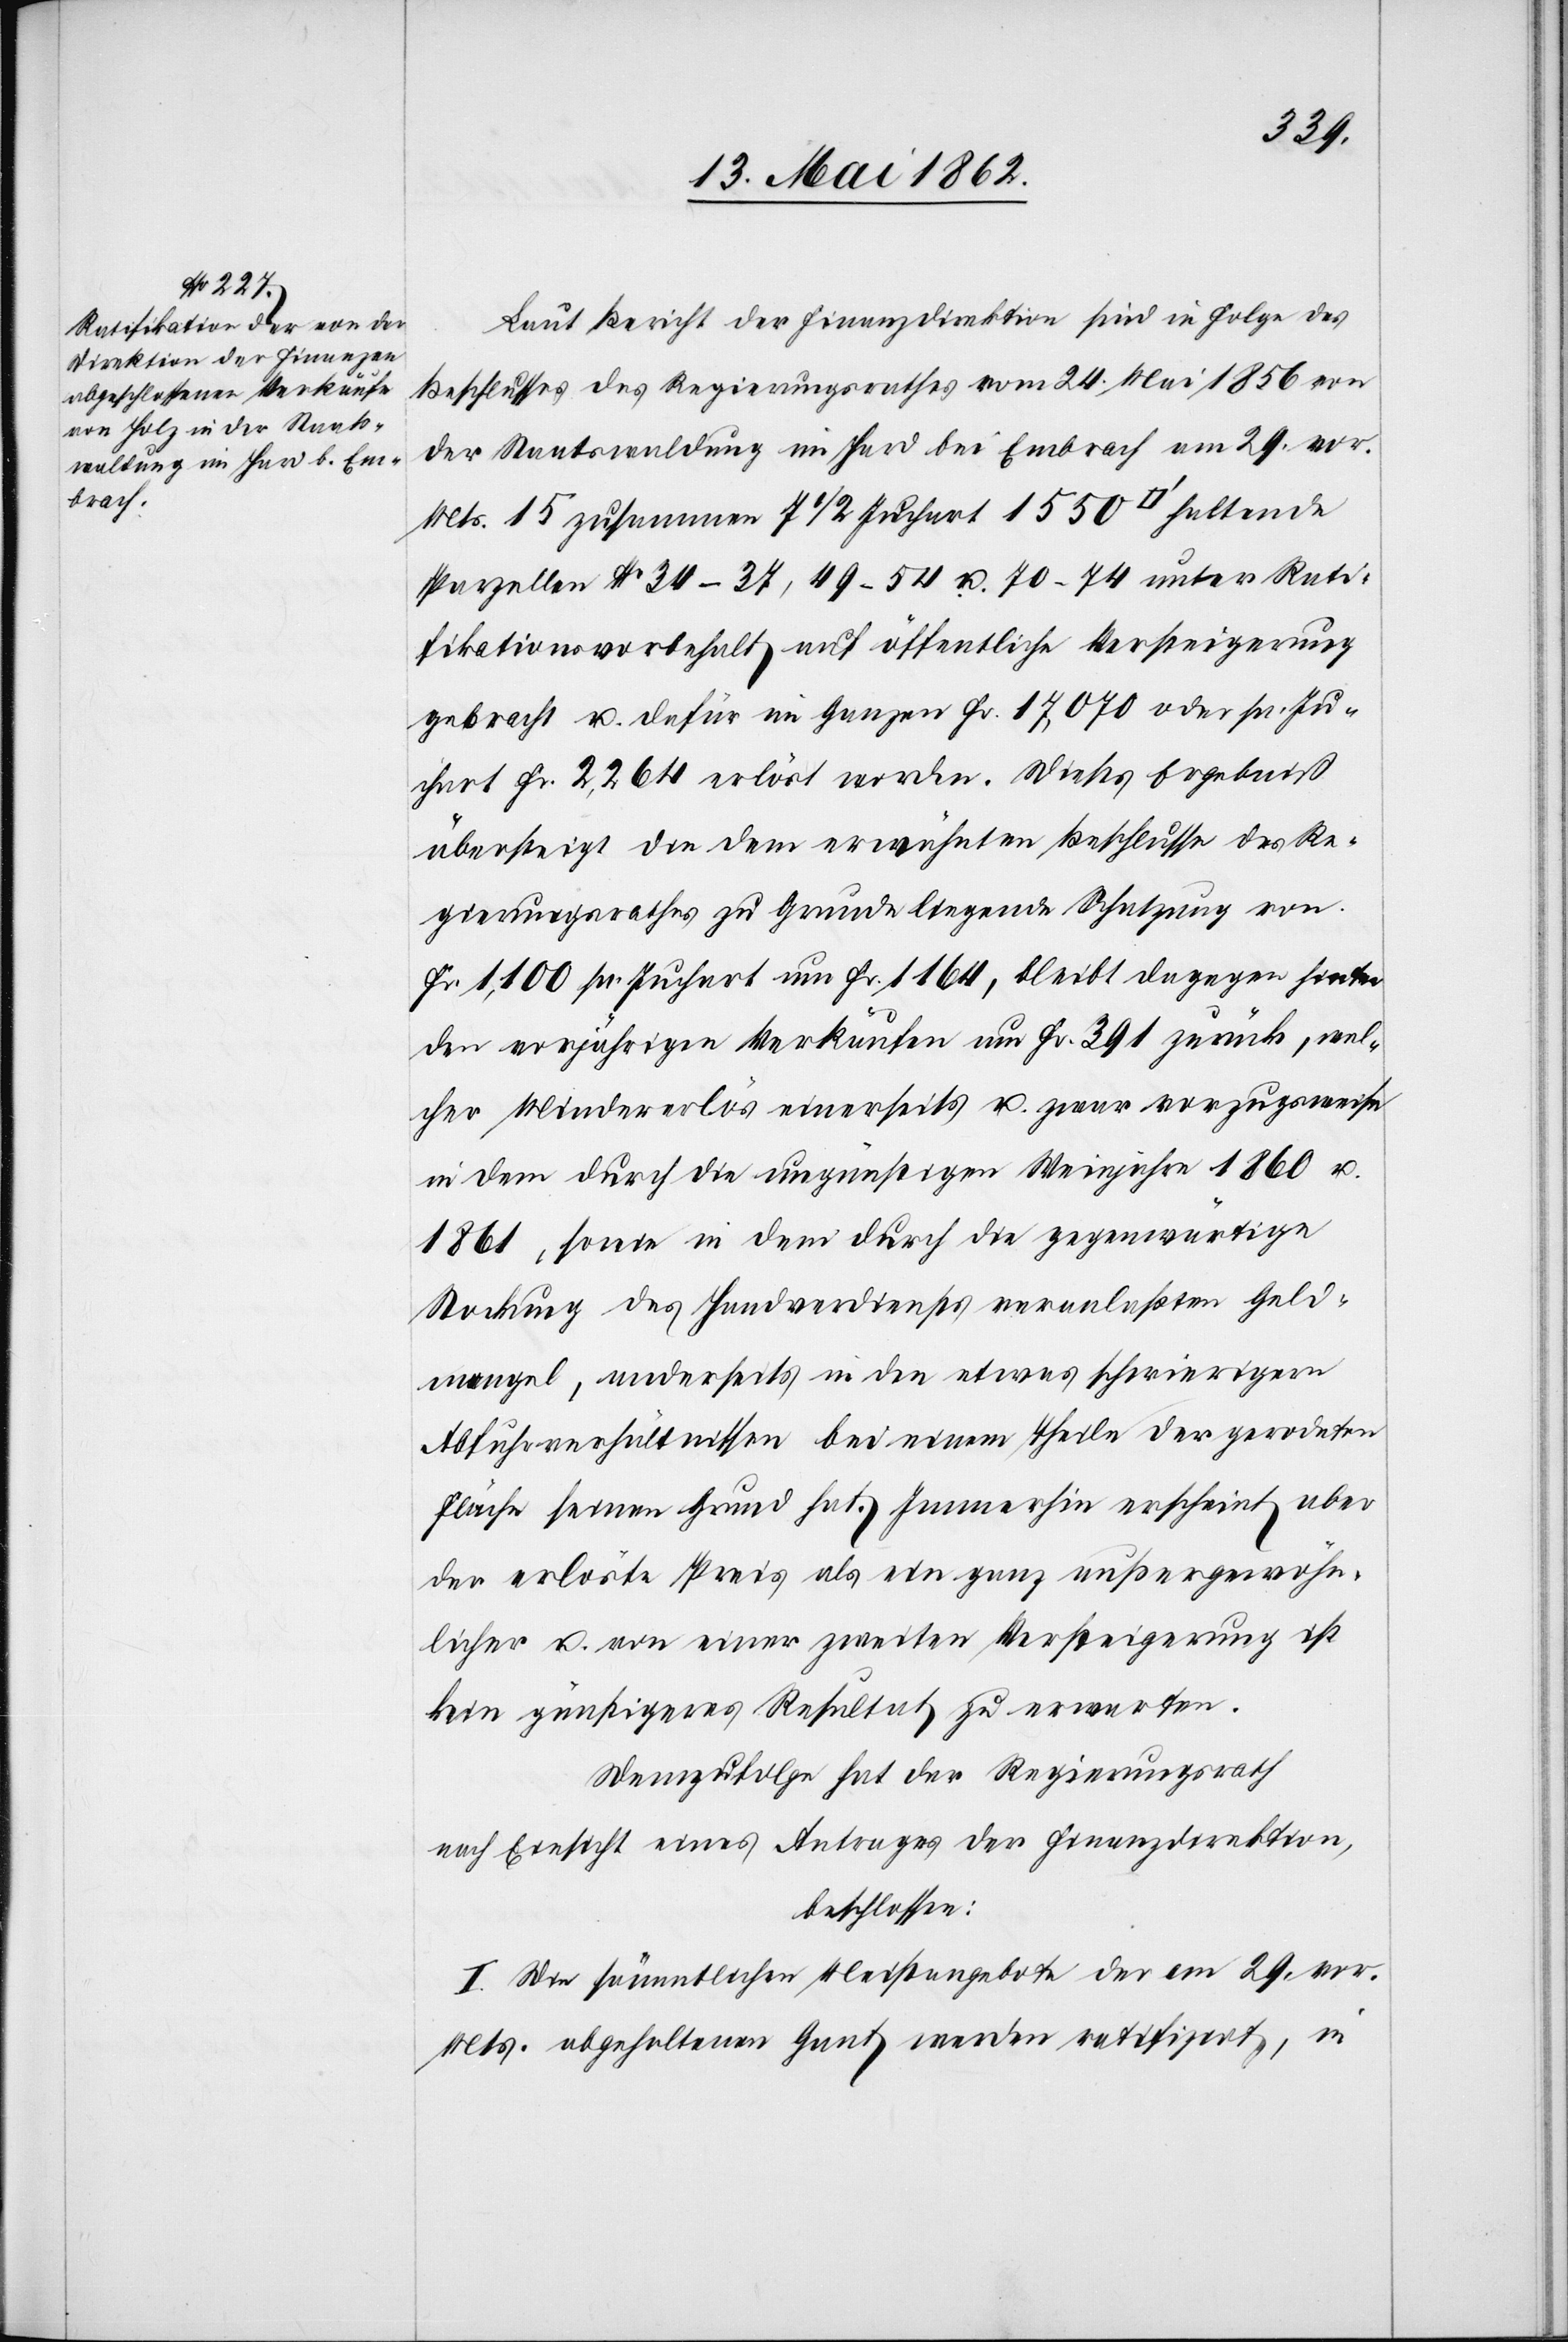
Laut Bericht der Finanzdirektion sind in Folge des
Beschlusses des Regierungsrathes vom 24. Mai 1856 von
der Staatswaldung im Hard bei Embrach am 29. vor.
Mts. 15 zusammen 7 1/2 Juchart 1550 [Quadratfuß] haltende
Parzellen No. 34–37, 49–54 u. 71–74 unter Rati¬
fikationsvorbehalt auf öffentliche Versteigerung
gebracht u. dafür im Ganzen Fr. 17,070 oder pr. Ju¬
chart Fr. 2,264 erlöst worden. Dieses Ergebniß
übersteigt die dem erwähnten Beschlusse des Re¬
gierungsrathes zu Grunde liegende Schatzung von
Fr. 1,100 pr. Juchart um Fr. 1164, bleibt dagegen hinter
den vorjährigen Verkäufen um Fr. 391 zurück, wel¬
cher Mindererlös einerseits u. zwar vorzugsweise
in dem durch die ungünstigen Weinjahre 1860 u.
1861, sowie in dem durch die gegenwärtige
Stockung des Handverdienstes veranlaßten Geld¬
mangel, anderseits in den etwas schwierigern
Abfuhrverhältnissen bei einem Theil der gerodeten
Fläche seinen Grund hat. Immerhin erscheint aber
der erlöste Preis als ein ganz außergewöhn¬
licher u. von einer zweiten Versteigerung ist
kein günstigeres Resultat zu erwarten.
Demzufolge hat der Regierungsrath
nach Einsicht eines Antrages der Finanzdirektion,
beschlossen:
I. Die sämmtlichen Meistangebote der am 29. vor.
Mts. abgehaltenen Gant werden ratifizirt, in